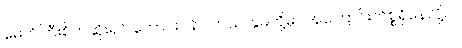
မောင်ကြီးစိတ်ဆိုးရင် တောင်းပန်ပါတယ်၊ နှမတို့မှာ အကြောင်းကိစ္စရှိနေလို့ပါ။